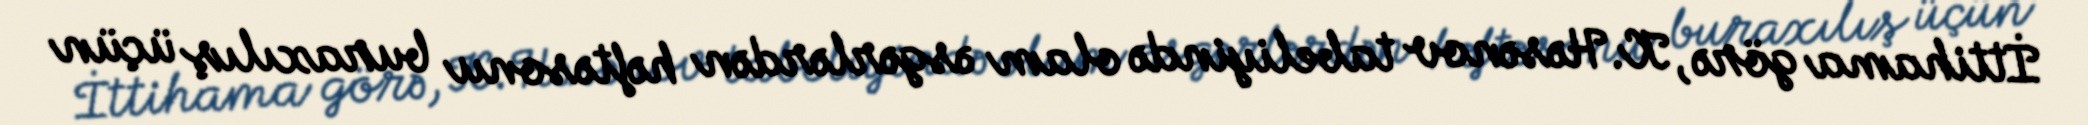
İttihama görə, K.Həsənov tabeliyində olam əsgərlərdən həftəsonu buraxılış üçün